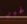
غير